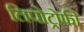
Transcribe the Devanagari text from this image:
लिपोट्रोफी